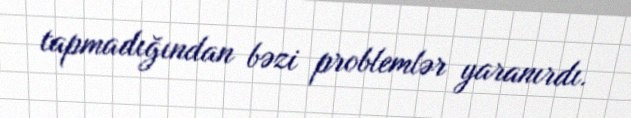
tapmadığından bəzi problemlər yaranırdı.